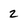
Character: 2